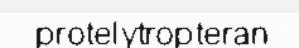
protelytropteran